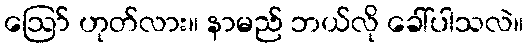
ဪ ဟုတ်လား။ နာမည် ဘယ်လို ခေါ်ပါသလဲ။